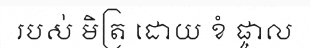
របស់ មិត្រ ដោយ ខំ ផ្ចាល